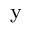
_ \mathrm { y }